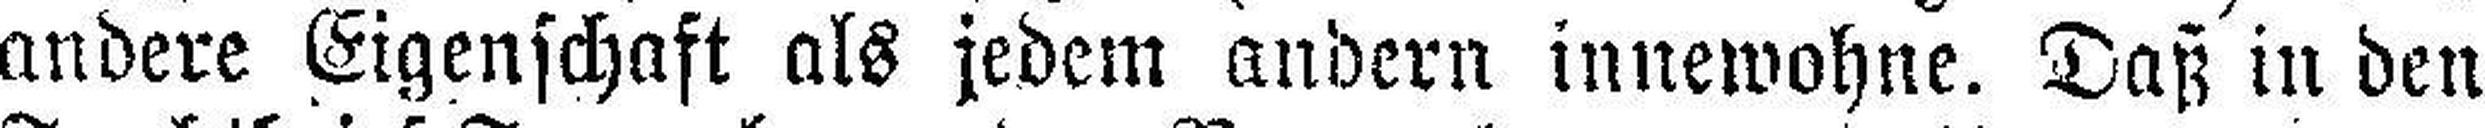
andere Eigenschaft als jedem andern innewohne. Daß in den